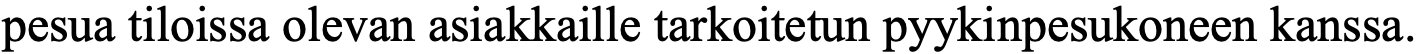
pesua tiloissa olevan asiakkaille tarkoitetun pyykinpesukoneen kanssa.